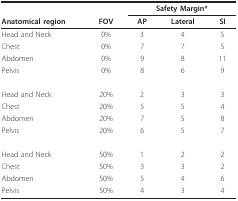
|  |  | <COLSPAN=3> Safety Margin* |
 | Anatomical region | FOV | AP | Lateral | SI |
 | --- | --- | --- | --- | --- |
 | Head and Neck | 0% | 3 | 4 | 5 |
 | Chest | 0% | 7 | 7 | 5 |
 | Abdomen | 0% | 9 | 8 | 11 |
 | Pelvis | 0% | 8 | 6 | 9 |
 | Head and Neck | 20% | 2 | 3 | 3 |
 | Chest | 20% | 5 | 5 | 4 |
 | Abdomen | 20% | 7 | 5 | 8 |
 | Pelvis | 20% | 6 | 5 | 7 |
 | Head and Neck | 50% | 1 | 2 | 2 |
 | Chest | 50% | 3 | 3 | 2 |
 | Abdomen | 50% | 5 | 4 | 6 |
 | Pelvis | 50% | 4 | 3 | 4 |